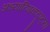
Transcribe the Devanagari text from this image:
अध्यात्मिकदृष्ट्या